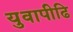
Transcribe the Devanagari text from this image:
युवापीढि